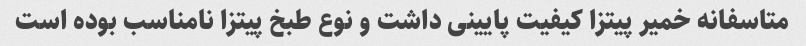
متاسفانه خمیر پیتزا کیفیت پایینی داشت و نوع طبخ پیتزا نامناسب بوده است